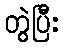
တွဲပြီး